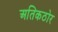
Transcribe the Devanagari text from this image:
अतिकठोर